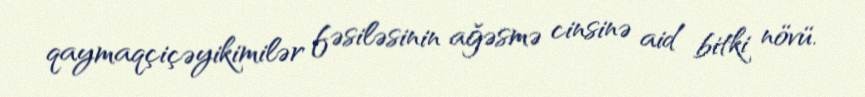
qaymaqçiçəyikimilər fəsiləsinin ağəsmə cinsinə aid bitki növü.